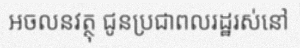
អចលនវត្ថុ ជូនប្រជាពលរដ្ឋរស់នៅ